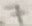
Text: 7